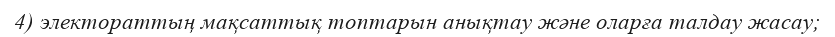
4) электораттың мақсаттық топтарын анықтау және оларға талдау жасау;